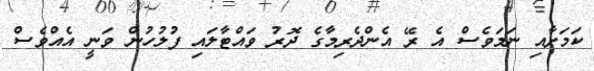
ކަމަށާއި ނަމަވެސް އެ ރޭ އެންދެރިމާގެ ދޮރު ވައްޓާލައި ފުލުހުން ވަނީ އެއްވެސް